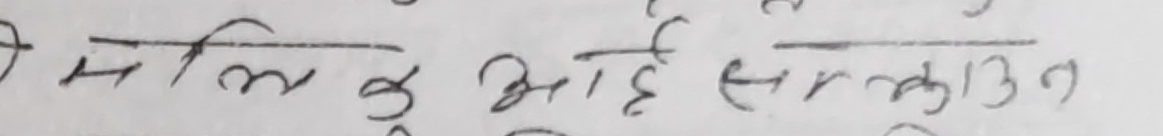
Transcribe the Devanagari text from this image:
मे मालिक के आहे संकुलन